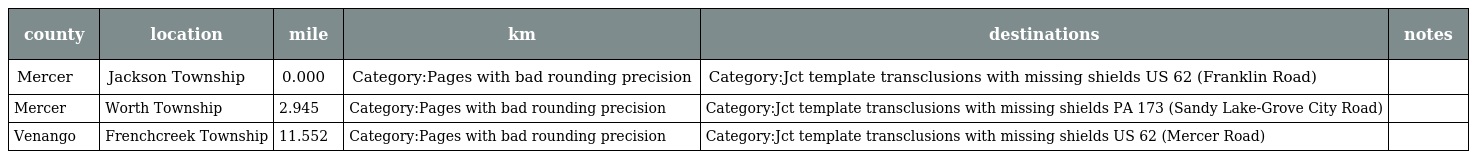
| county | location | mile | km | destinations | notes |
 | --- | --- | --- | --- | --- | --- |
 | Mercer | Jackson Township | 0.000 | Category:Pages with bad rounding precision | Category:Jct template transclusions with missing shields US 62 (Franklin Road) |  |
 | Mercer | Worth Township | 2.945 | Category:Pages with bad rounding precision | Category:Jct template transclusions with missing shields PA 173 (Sandy Lake-Grove City Road) |  |
 | Venango | Frenchcreek Township | 11.552 | Category:Pages with bad rounding precision | Category:Jct template transclusions with missing shields US 62 (Mercer Road) |  |